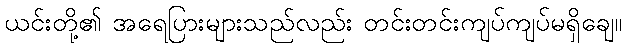
ယင်းတို့၏ အရေပြားများသည်လည်း တင်းတင်းကျပ်ကျပ်မရှိချေ။